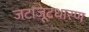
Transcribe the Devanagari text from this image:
जटाजूटधारण